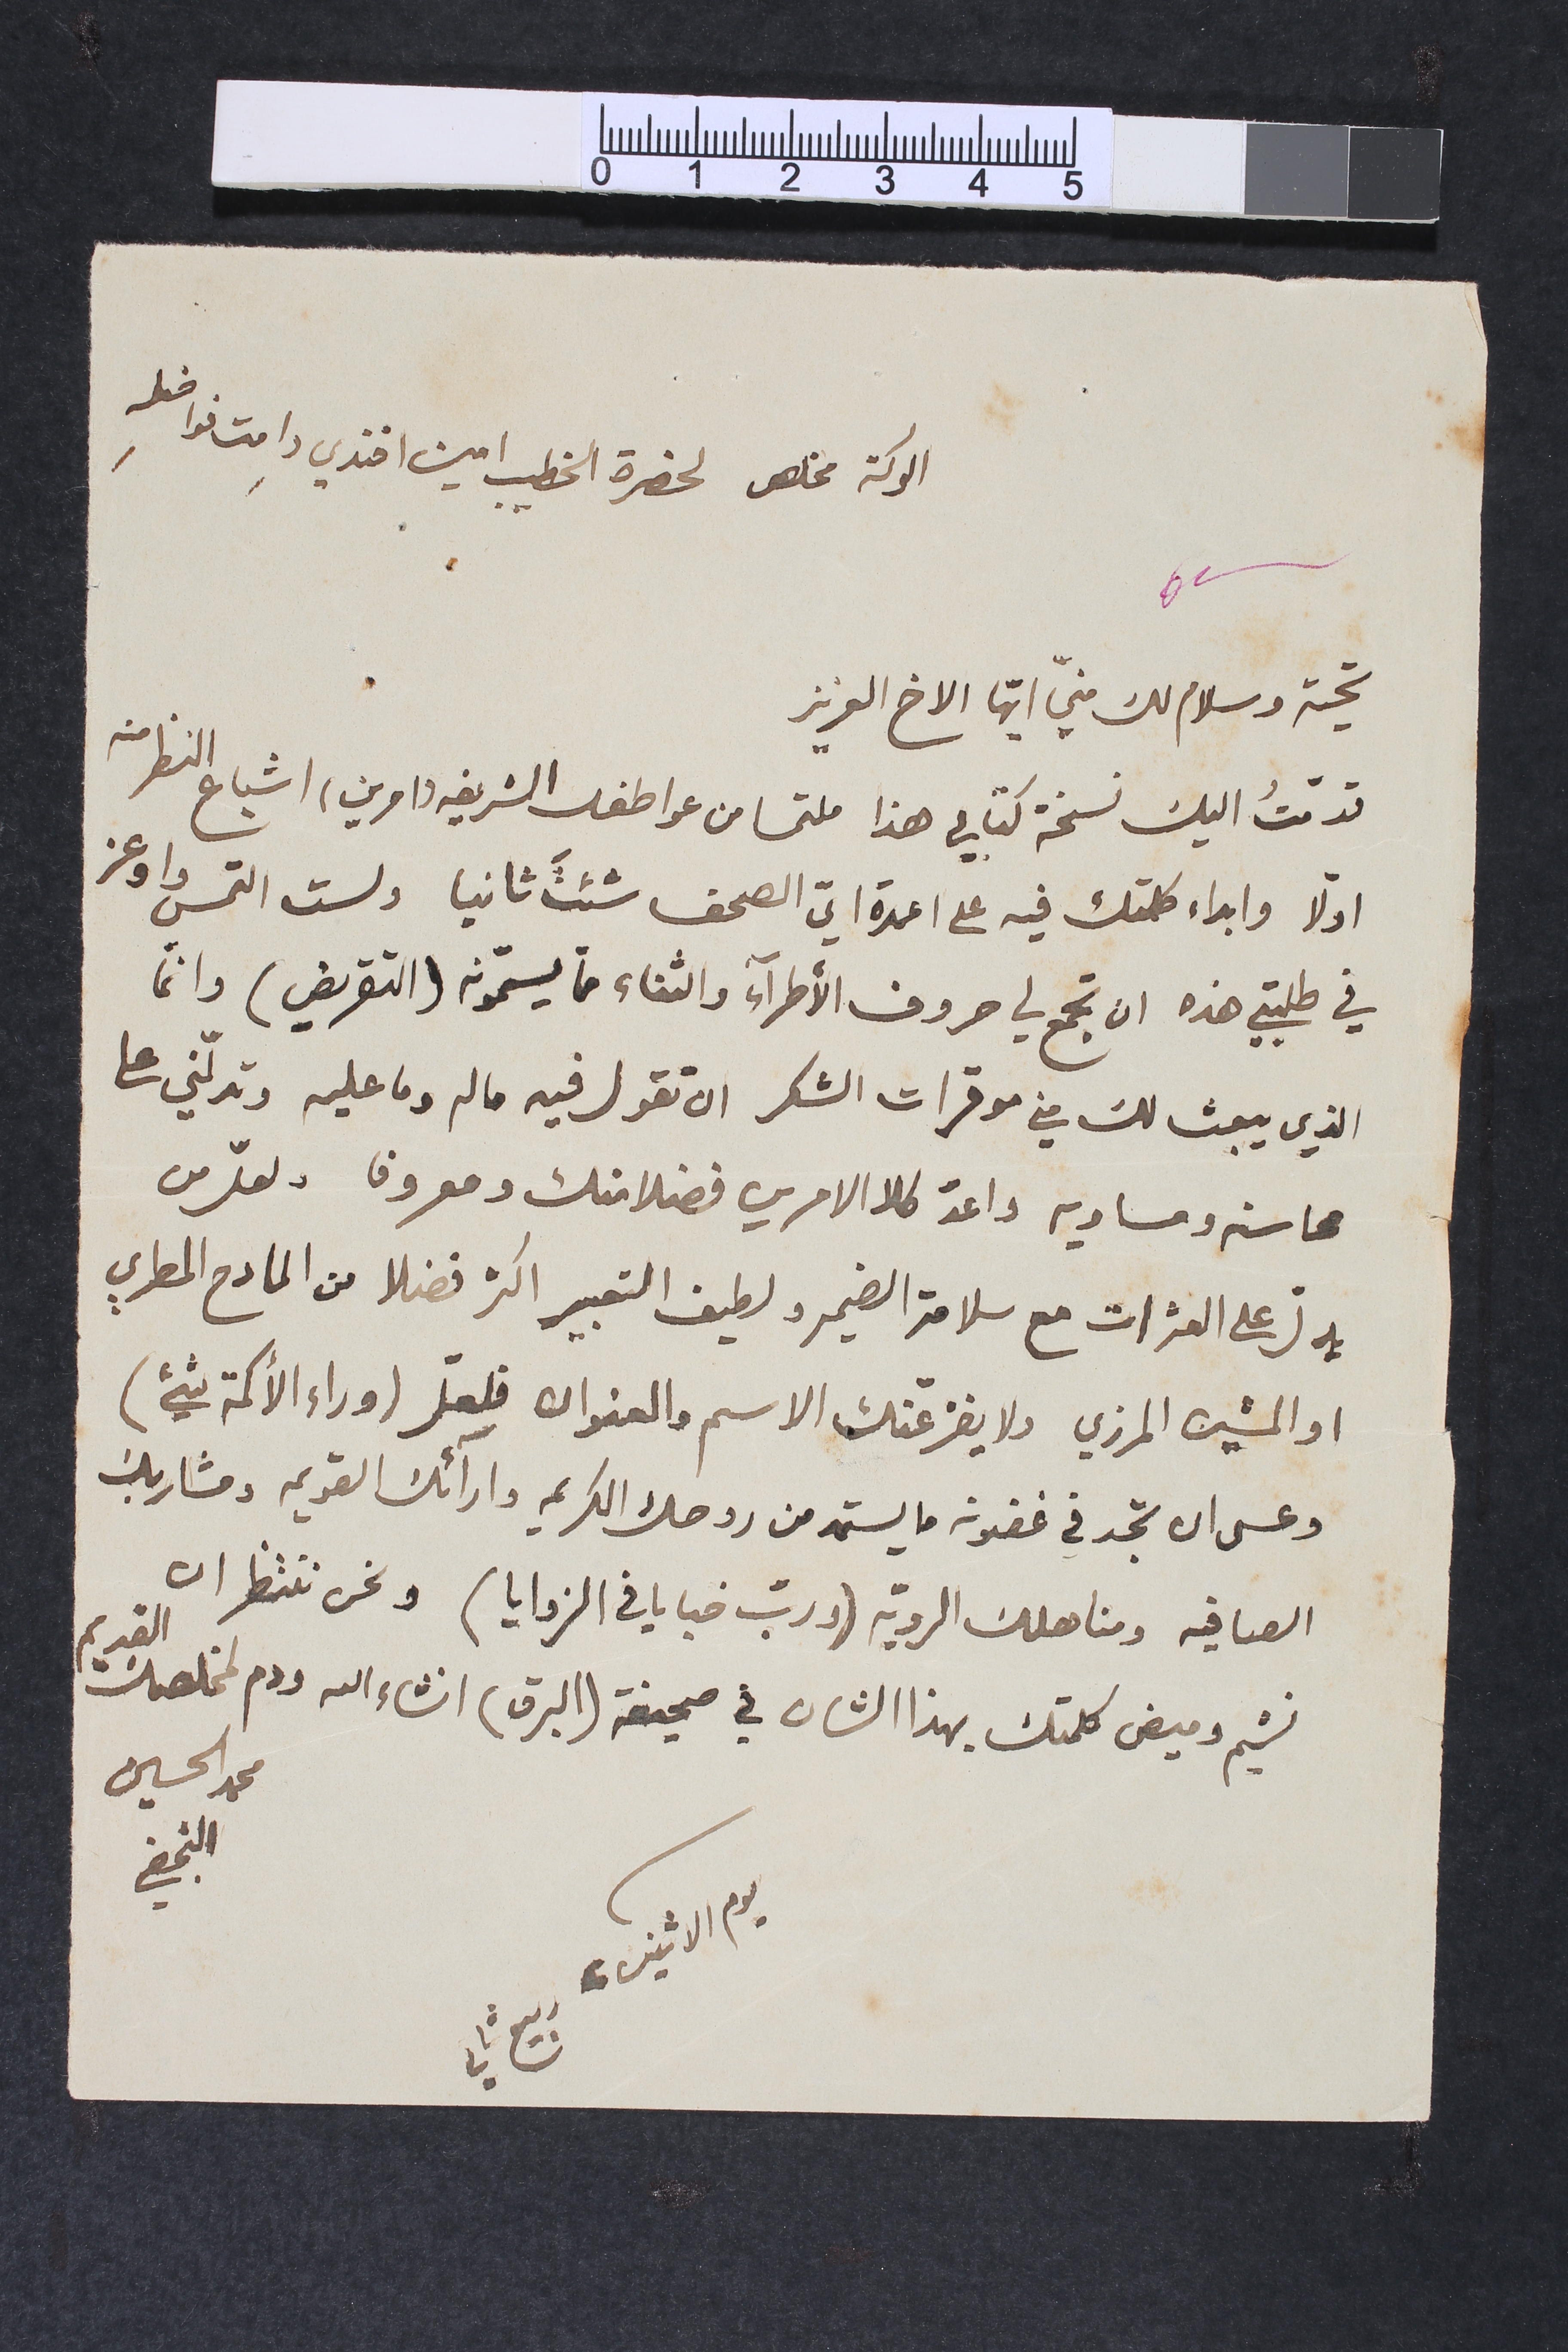
الوكة مخلص لحضرة الخطيب امين افندي دامت نوافله
تحية وسلام لك منّي ايّها الاخ العزيز
قدّمتُ اليك نسخة كتابي هذا ملتمسا من عواطفك الشريفه (امرين) اشباع النظر منه
اوّلا وابداء كلمتك فيه على اعمدة ايّ الصحف شئتَ ثانيا ولست التمس واوعز
في طلبتي هذه ان تجمع في حروف الأطرآء والثناء ممّا يسمّونه (التقريض) دائماً
الذي يبعث لك من موقرات الشكر ان تقول فيه ما لم وما عليه وتدلّني على
محاسنه ومساويه واعدّ كلا الامرين فضلا منك ومعروف ولعلّ من
يدلّ على العثرات مع سلامة الضمير ولطيف التعبير اكثر فضلا من المادح المطري
او المشين المزري ولا يفزعنّك الاسم والعنوان فلعلّ (وراء الأكمة شيء)
وعسى ان تجد في غضونه ما يستمد من روحك الكريمه وارآئك القديمه ومشاربك
الصافيه ومناهلك الروية (و ربّ خبايا في الزوايا) ونحن ننتظر ان
نسّيم وميض كلمتك بهذا الشان في صحيفة (البرق) انشاء الله ودم لمخلصك القديم
محمد الحسين النجفي
يوم الاثنين، ربيع ثاني